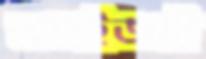
আইজই